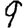
Digit: 9